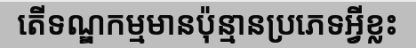
តើទណ្ឌកម្មមានប៉ុន្មានប្រភេទអ្វីខ្លះ